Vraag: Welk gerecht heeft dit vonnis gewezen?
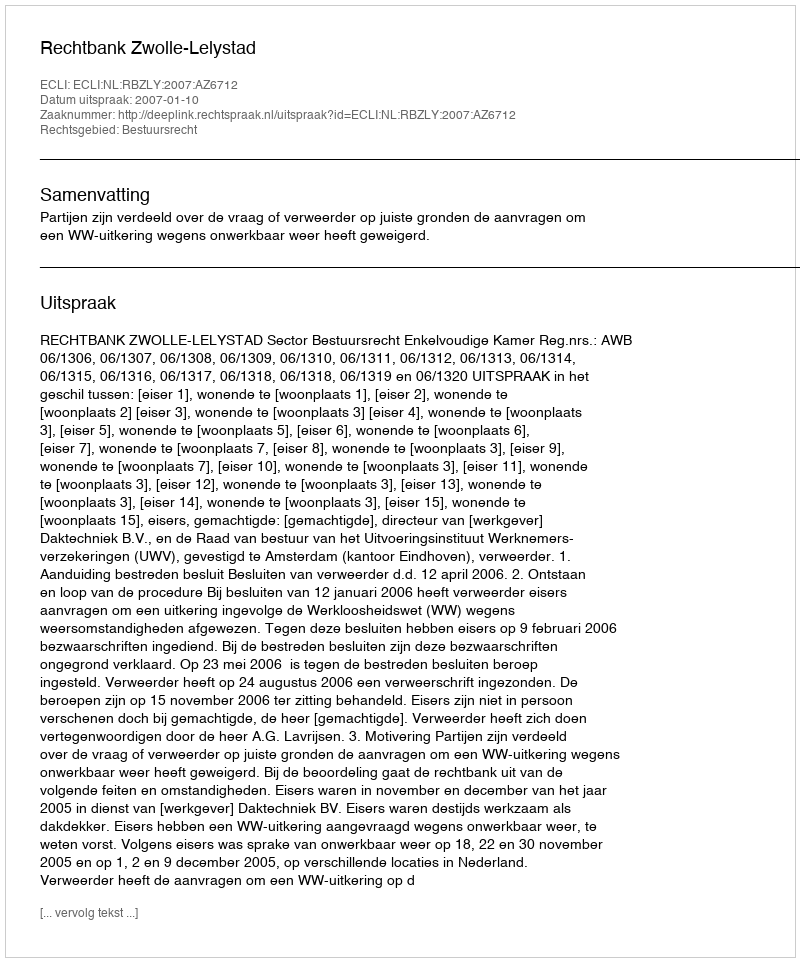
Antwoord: Rechtbank Zwolle-Lelystad